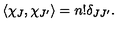
\langle \chi _ { J } , \chi _ { J ^ { \prime } } \rangle = n ! \delta _ { J J ^ { \prime } } .